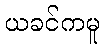
ယခင်ကမူ